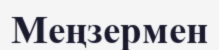
Меңзермен